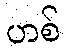
ဟစ်